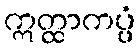
ဣတ္ထာကပ္ပံ